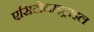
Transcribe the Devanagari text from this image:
एसिटोनाइट्राइल